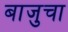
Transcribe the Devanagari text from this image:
बाजुचा